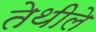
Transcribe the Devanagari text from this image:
तेथीले